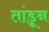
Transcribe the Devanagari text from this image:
तांडून